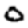
Digit: 0